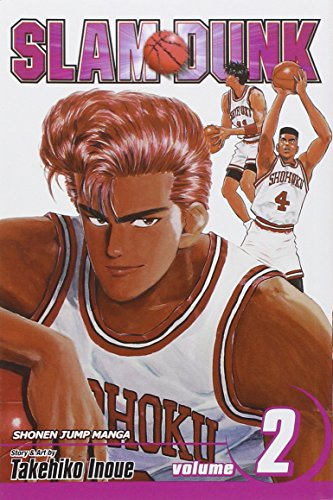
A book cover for Slam Dunk, Vol. 2; Takehiko Inoue; Comics & Graphic Novels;